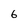
Character: 6